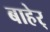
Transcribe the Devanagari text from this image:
बाहेर्